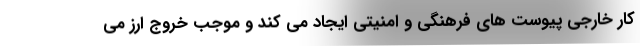
کار خارجی پیوست های فرهنگی و امنیتی ایجاد می کند و موجب خروج ارز می